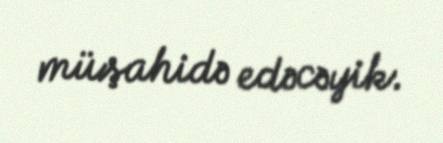
müşahidə edəcəyik.